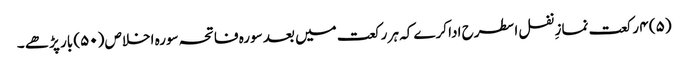
(۵) ۴ رکعت نمازِ نفل اسطرح ادا کرے کہ ہر رکعت میں بعد سورہ فاتحہ سورہ اخلاص (۵۰) بار پڑھے ۔